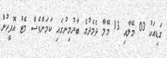
ގަޑިއަކު 03 މޭލާއި 13 މޭލާ ދެމެދުގެ ބާރުމިނުގައި ކަމަށްވެސް މެޓް އޮފީހުން